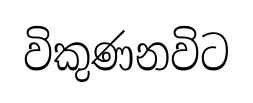
විකුණනවිට